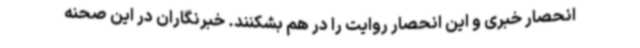
انحصار خبری و این انحصار روایت را در هم بشکنند. خبرنگاران در این صحنه